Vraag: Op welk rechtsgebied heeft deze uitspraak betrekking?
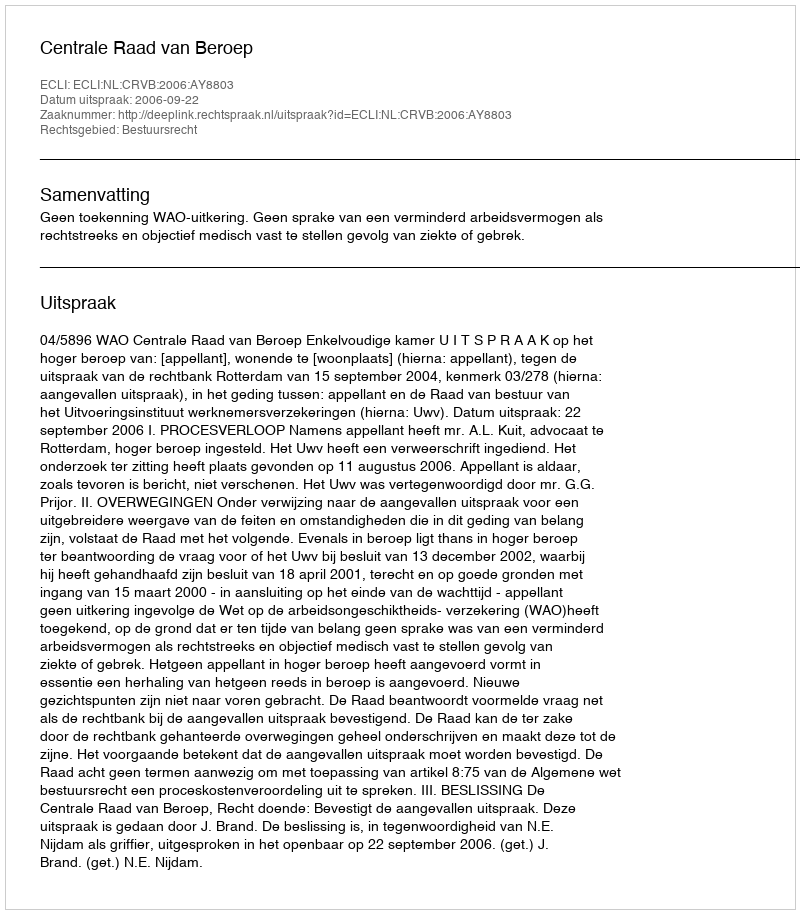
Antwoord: Bestuursrecht